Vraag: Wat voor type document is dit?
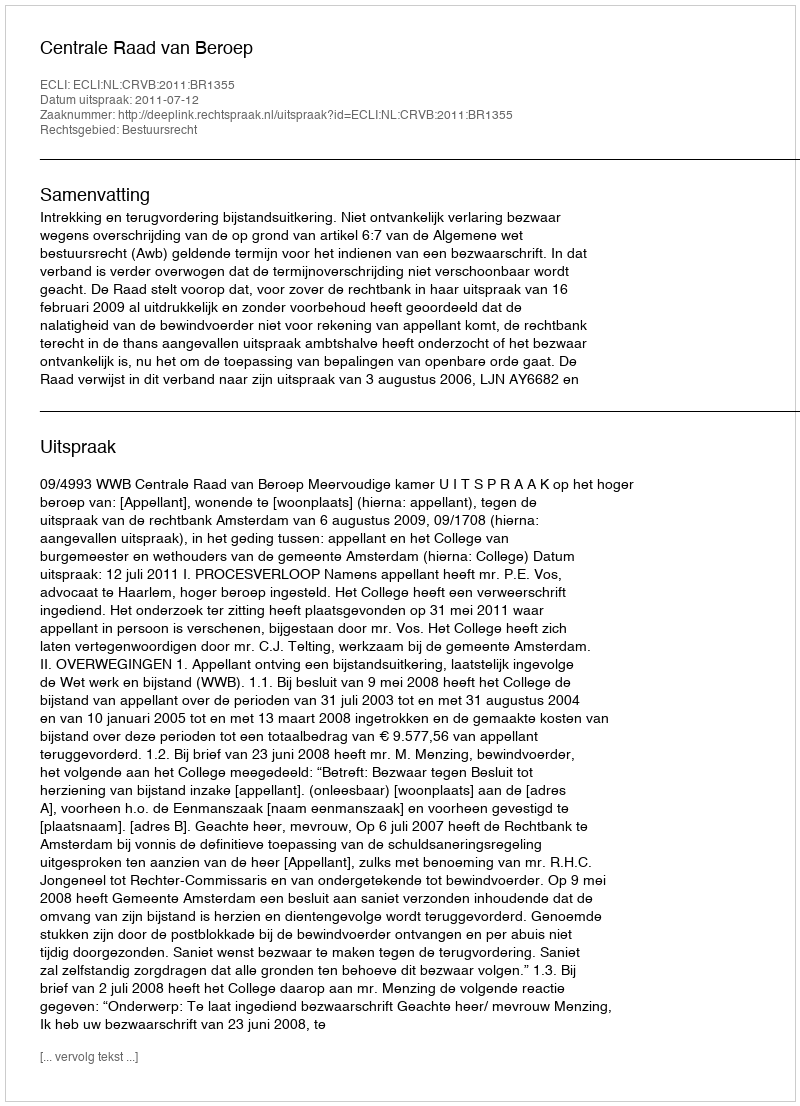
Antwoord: Uitspraak